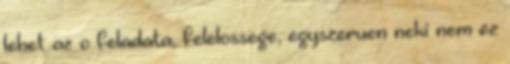
lehet az o feladata, felelossege, egyszeruen neki nem ez